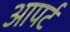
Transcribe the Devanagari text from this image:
आपर्ट